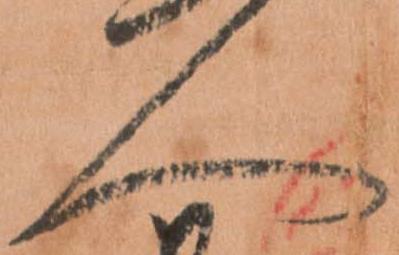
人